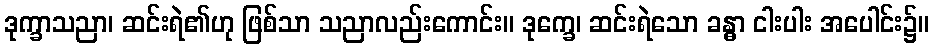
ဒုက္ခာသညာ၊ ဆင်းရဲ၏ဟု ဖြစ်သာ သညာလည်းကောင်း။ ဒုက္ခေ၊ ဆင်းရဲသော ခန္ဓာ ငါးပါး အပေါင်း၌။